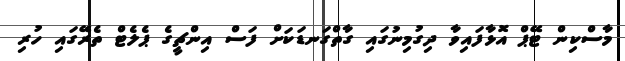
މާސްކިން ޓޭޕް އޮޅާފައިވާ ދިގުމިނުގައި ގާތްގަނޑަކަށް ފަސް އިންޗީގެ ޕެލެޓް ތެރޭގައި ހުރި